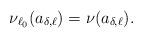
LaTeX: \begin{align*}\nu_{\ell_0}(a_{\delta,\ell})=\nu(a_{\delta,\ell}).\end{align*}